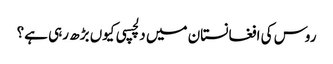
روس کی افغانستان میں دلچسپی کیوں بڑھ رہی ہے؟